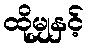
ထိုမျှနှင့်